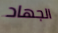
الجهاد